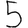
Digit: 5